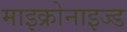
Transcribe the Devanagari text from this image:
माइक्रोनाइज्ड